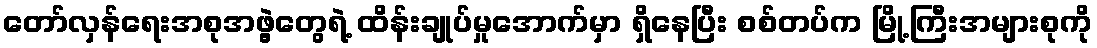
တော်လှန်ရေးအစုအဖွဲ့တွေရဲ့ ထိန်းချုပ်မှုအောက်မှာ ရှိနေပြီး စစ်တပ်က မြို့ကြီးအများစုကို